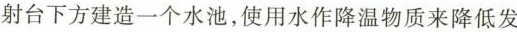
射台下方建造一个水池，使用水作降温物质来降低发